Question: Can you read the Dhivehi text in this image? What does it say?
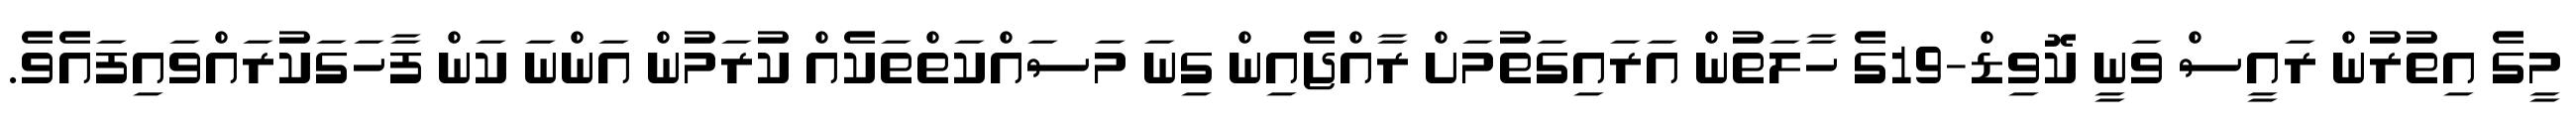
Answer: މީގެ އިތުރުން ރައީސް ވަނީ ކޮވިޑް-19ގެ ހާލަތުން އަރައިގަތުމަށް ރާއްޖެއިން ގިނަ މަސައްކަތްތަކެއް ކުރަމުން އަންނަ ކަން ފާހަގަކުރައްވައިފައެވެ.